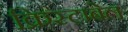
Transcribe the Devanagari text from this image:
क्रिस्टाबेल